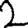
Digit: 2